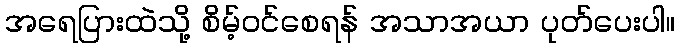
အရေပြားထဲသို့ စိမ့်ဝင်စေရန် အသာအယာ ပုတ်ပေးပါ။